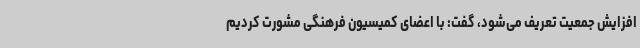
افزایش جمعیت تعریف می‌شود، گفت: با اعضای کمیسیون فرهنگی مشورت کردیم